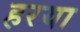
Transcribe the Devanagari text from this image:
हरया